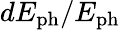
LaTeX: dE_{\mathrm{ph}}/E_{\mathrm{ph}}